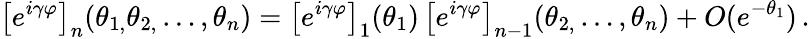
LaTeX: \left[e^{i\gamma\varphi}\right]_{n}(\theta_{1,}\theta_{2,}\dots,\theta_{n})=\left[e^{i\gamma\varphi}\right]_{1}(\theta_{1})\, \left[e^{i\gamma\varphi}\right]_{n-1}(\theta_{2,}\dots,\theta_{n})+O(e^{-\theta_{1}})\, .